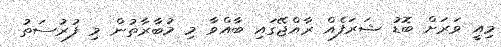
މިއީ ވަރަށް ބޮޑު ޝަރަފެއް ރާއްޖޭގައި ބާއްވާ މި މުބާރާތުން މި ފުރުސަތު